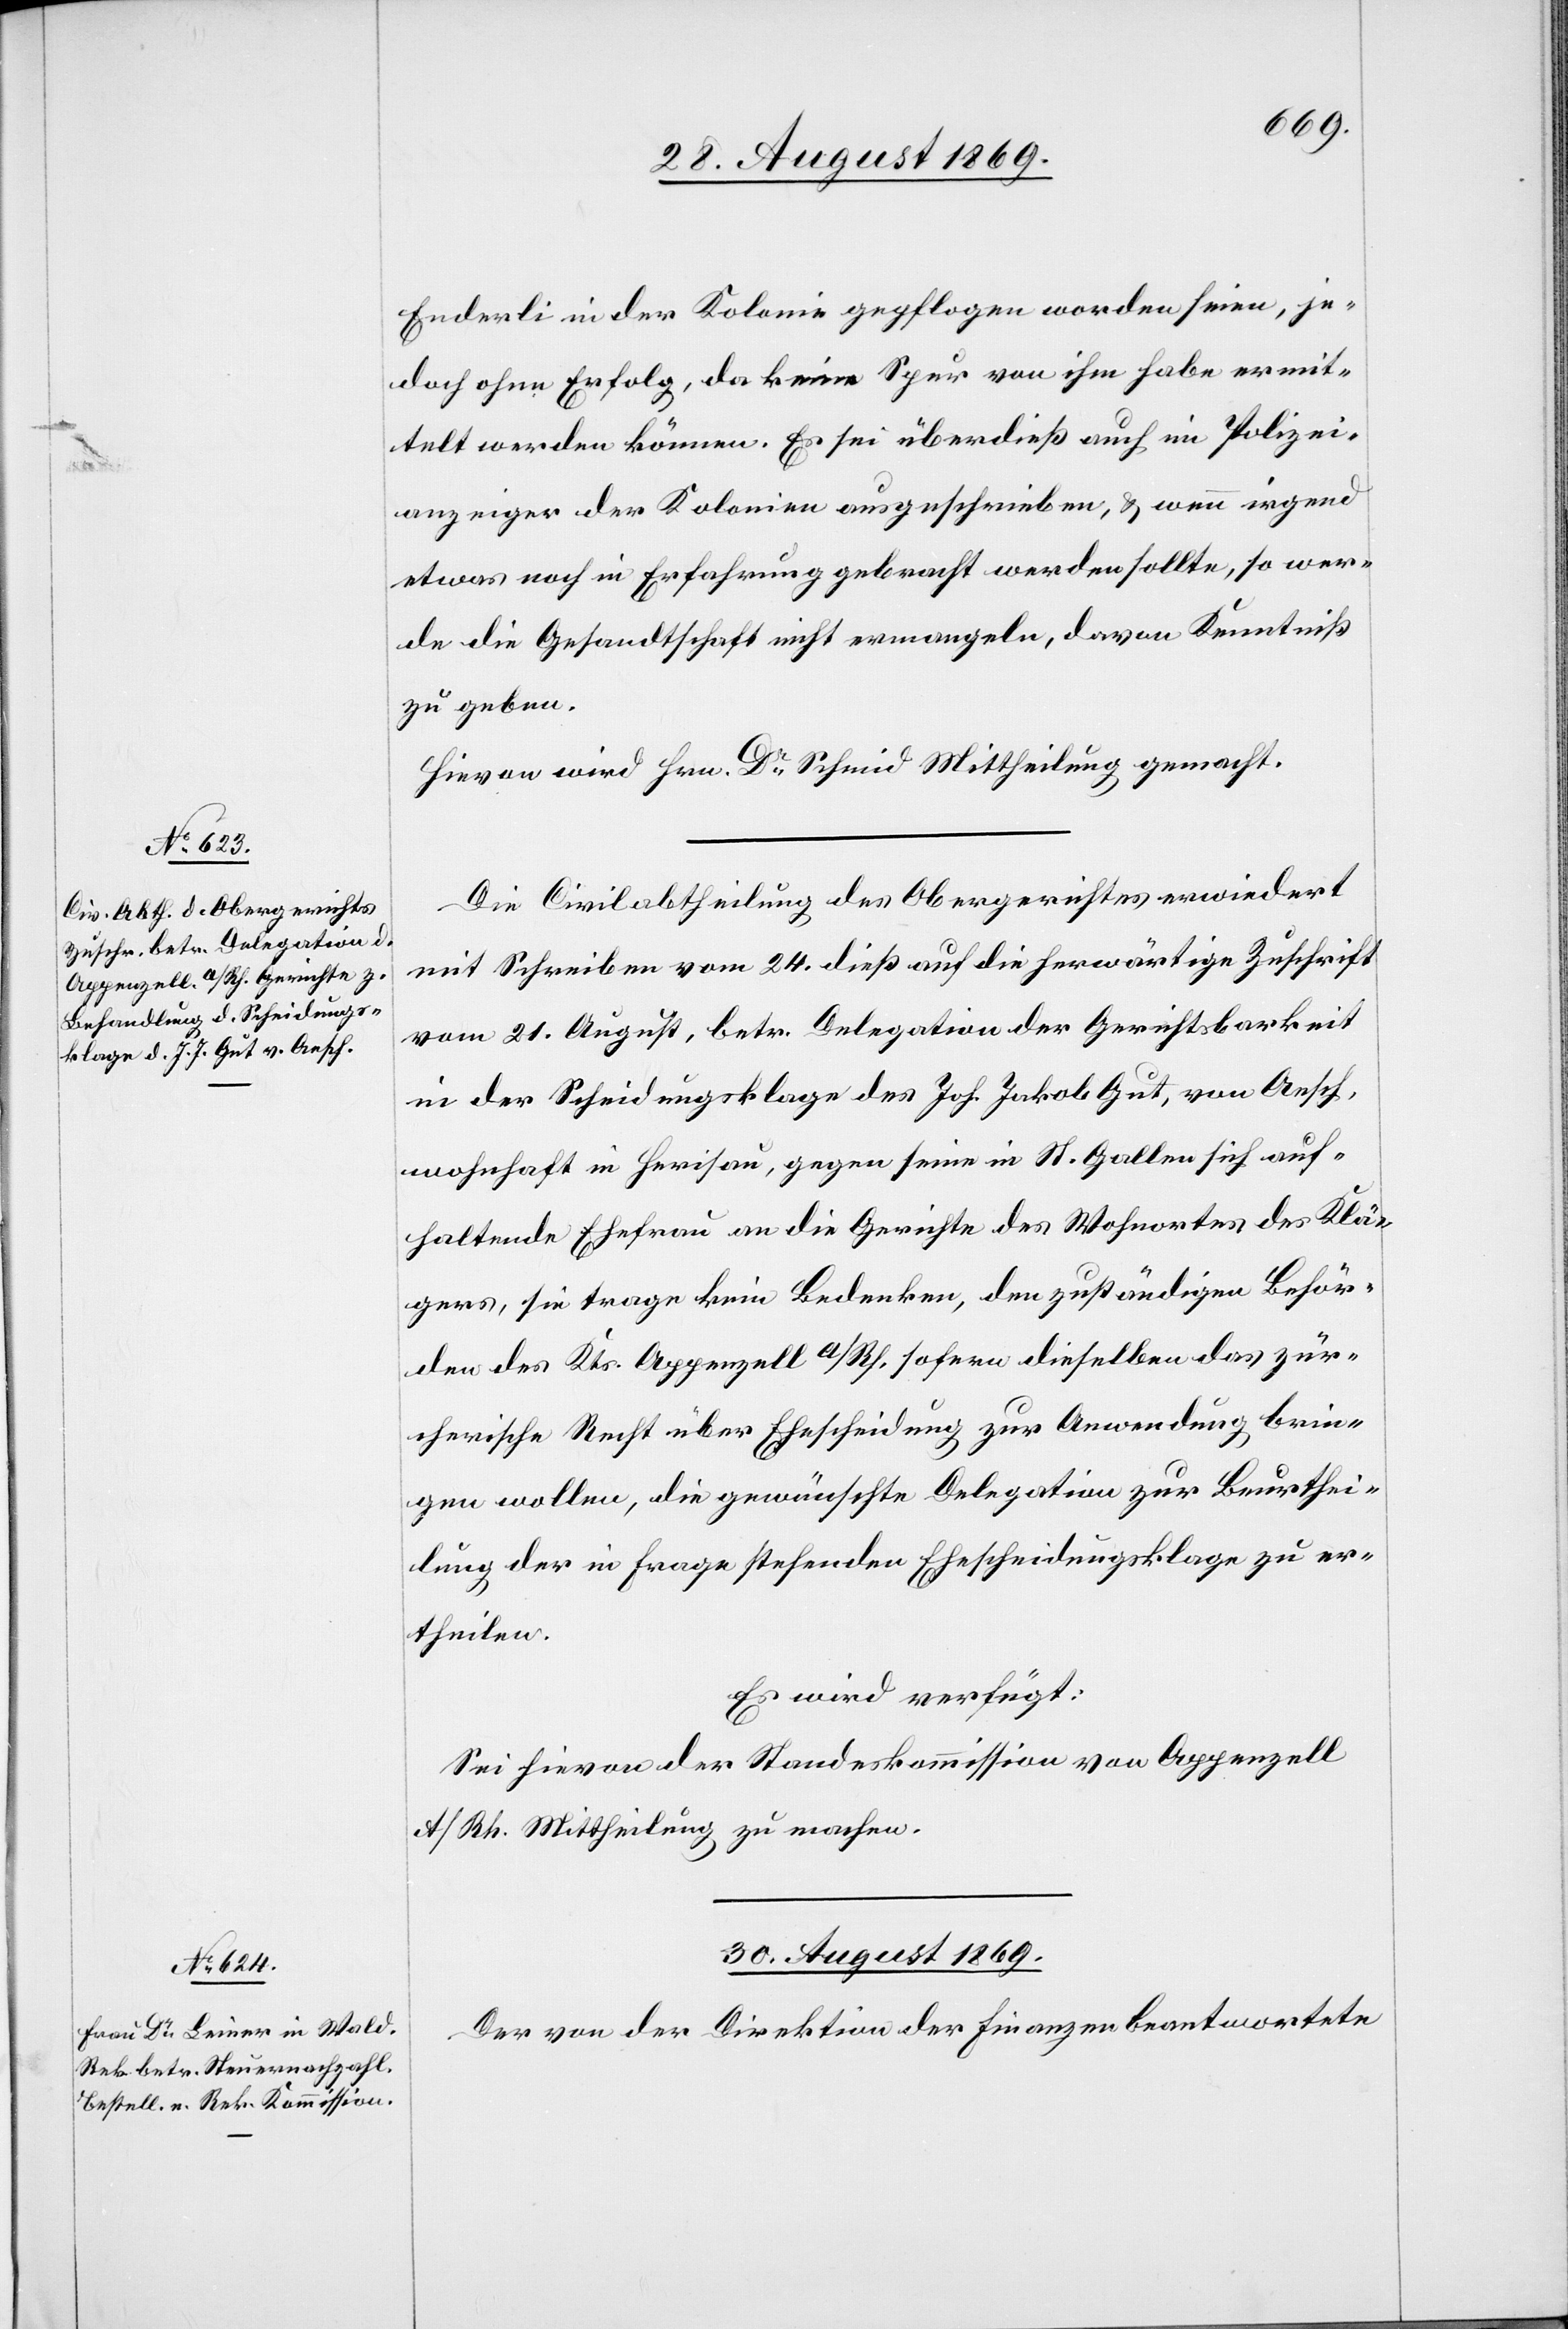
28. August 1869.]
Enderli in der Kolonie gepflogen worden seien, je¬
doch ohne Erfolg, da keine Spur von ihm habe ermit¬
telt werden können. Es sei überdieß auch im Polizei¬
anzeiger der Kolonien ausgeschrieben, & wenn irgend
etwas noch in Erfahrung gebracht werden sollte, so wer¬
de die Gesandtschaft nicht ermangeln, davon Kenntniß
zu geben.
Hievon wird Hrn. Dr Schmid Mittheilung gemacht.
Die Civilabtheilung des Obergerichtes erwiedert
mit Schreiben vom 24. dieß auf die herwärtige Zuschrift
vom 21. August, betr. Delegation der Gerichtsbarkeit
in der Scheidungsklage des Joh. Jakob Gut, von Aesch,
wohnhaft in Herisau, gegen seine in St. Gallen sich auf¬
haltende Ehefrau an die Gerichte des Wohnortes des Klä¬
gers, sie trage kein Bedenken, den zuständigen Behör¬
den des Kts. Appenzell a/Rh. sofern dieselben das zür¬
cherische Recht über Ehescheidung zur Anwendung brin¬
gen wollen, die gewünschte Delegation zur Beurthei¬
lung der in Frage stehenden Ehescheidungsklage zu er¬
theilen.
Es wird verfügt:
Sei hievon der Standeskommission von Appenzell
A/Rh. Mittheilung zu machen.
30. August 1869.
Der von der Direktion der Finanzen beantwortete